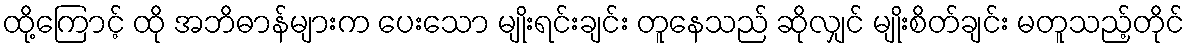
ထို့ကြောင့် ထို အဘိဓာန်များက ပေးသော မျိုးရင်းချင်း တူနေသည် ဆိုလျှင် မျိုးစိတ်ချင်း မတူသည့်တိုင်